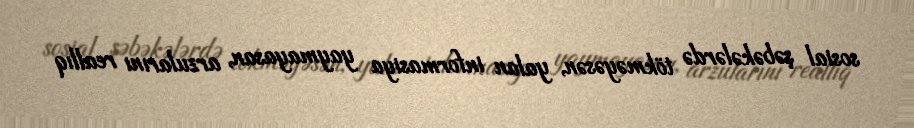
sosial şəbəkələrdə tökməyəsən, yalan informasiya yaymayasan, arzularını reallıq